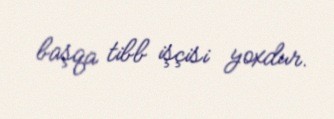
başqa tibb işçisi yoxdur.